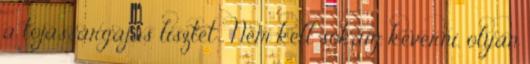
a tojássárgájás lisztet . Nem kell sokáig keverni, olyan